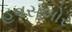
હવસખોર